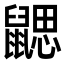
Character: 𪕳